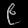
Digit: ၉